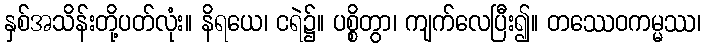
နှစ်အသိန်းတို့ပတ်လုံး။ နိရယေ၊ ငရဲ၌။ ပစ္စိတွာ၊ ကျက်လေပြီး၍။ တဿေဝကမ္မဿ၊